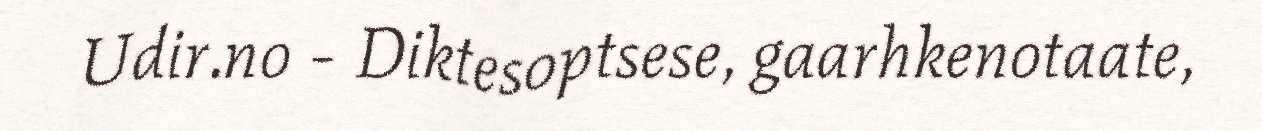
Udir.no - Diktesoptsese, gaarhkenotaate,